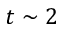
t \sim 2